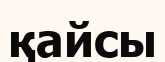
қайсы